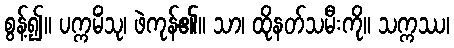
စွန့်၍။ ပက္ကမိံသု၊ ဖဲကုန်၏။ သာ၊ ထိုနတ်သမီးကို။ သက္ကဿ၊